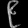
Digit: ၉